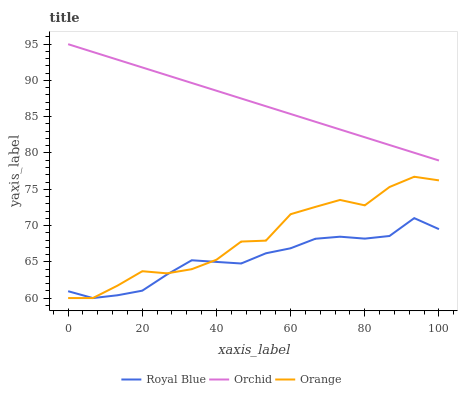
| xaxis_label | Royal Blue | Orchid | Orange |
 | --- | --- | --- | --- |
 | 0 | 60.9 | 95 | 60 |
 | 6.67 | 60 | 93.9 | 60 |
 | 13.3 | 60.4 | 92.9 | 61.7 |
 | 20 | 61 | 91.8 | 63.7 |
 | 26.7 | 63.3 | 90.7 | 63.4 |
 | 33.3 | 65.2 | 89.7 | 64 |
 | 40 | 65 | 88.6 | 65.3 |
 | 46.7 | 64.8 | 87.5 | 67.8 |
 | 53.3 | 66.2 | 86.4 | 67.9 |
 | 60 | 66.9 | 85.4 | 71.6 |
 | 66.7 | 68.2 | 84.3 | 72.6 |
 | 73.3 | 68.5 | 83.2 | 73.5 |
 | 80 | 68.2 | 82.2 | 72.8 |
 | 86.7 | 68.6 | 81.1 | 75.3 |
 | 93.3 | 71 | 80 | 76.7 |
 | 100 | 69.5 | 79 | 76.2 |